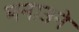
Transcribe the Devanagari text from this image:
मनाउने